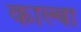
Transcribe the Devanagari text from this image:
काल्बा